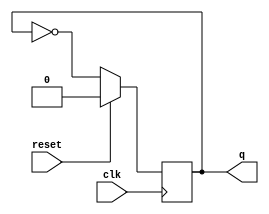
module T_FF(q,clk,reset);
input clk, reset ;
output reg q ;
always@(negedge clk )
begin 
    if (reset)
        begin
        q<=1'b0;
        end
    
    else
        begin
        q <= ~q ;
        end
    
end
endmodule